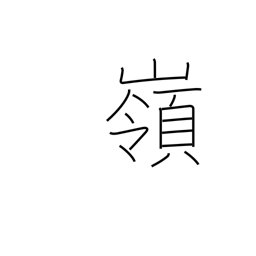
Meaning: summit